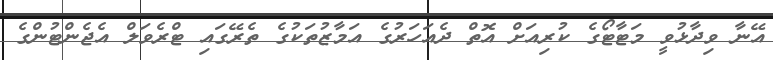
އޭނާ ވިދާޅުވީ މަޓާޓޯގެ ކުރިއަށް އޮތް ދެއަހަރުގެ އަމާޒުތަކުގެ ތެރޭގައި ޓްރެވަލް އެޖެންޓުންގެ